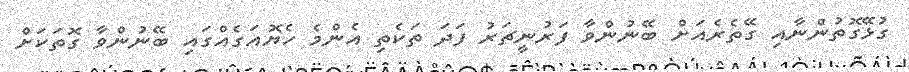
ގުޅޭގޮތުންނާއި ގޭތެރެއަށް ބޭނުންވާ ފަރުނީޗަރު ފަދަ ތަކެތި އެންމެ ހެޔޮއަގެއްގައި ބޭނުންވާ ގޮތަކަށް